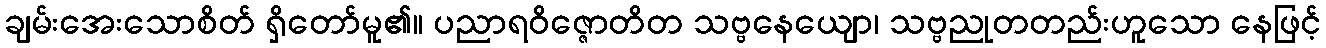
ချမ်းအေးသောစိတ် ရှိတော်မူ၏။ ပညာရဝိဇ္ဇောတိတ သဗ္ဗနေယျော၊ သဗ္ဗညုတတည်းဟူသော နေဖြင့်